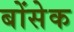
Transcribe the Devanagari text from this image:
बोंसेक